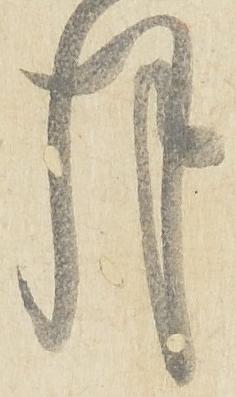
月